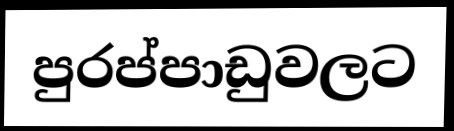
පුරප්පාඩුවලට